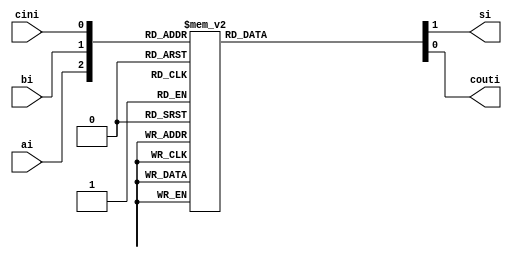
//Verilog behavioral model of a full adder
module FullAdder (
	input ai, bi, cini,
	output reg si, couti);
		always @ (ai,bi,cini)
			case ({ai,bi,cini})
				3'b000: begin couti = 1'b0; si = 1'b0; end
				3'b001: begin couti = 1'b0; si = 1'b1; end
				3'b010: begin couti = 1'b0; si = 1'b1; end
				3'b011: begin couti = 1'b1; si = 1'b0; end
				3'b100: begin couti = 1'b0; si = 1'b1; end
				3'b101: begin couti = 1'b1; si = 1'b0; end
				3'b110: begin couti = 1'b1; si = 1'b0; end
				3'b111: begin couti = 1'b1; si = 1'b1; end
			endcase
endmodule